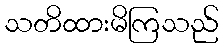
သတိထားမိကြသည်